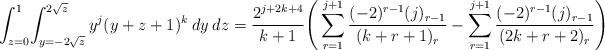
LaTeX: \begin{align*}\int_{z=0}^{1}\!\int_{y=-2\sqrt{z}}^{2\sqrt{z}} y^j(y+z+1)^k\:dy\:dz&= \frac{2^{j+2k+4}}{k+1}\Bigg(\sum_{r=1}^{j+1}\frac{(-2)^{r-1}(j)_{r-1}}{(k+r+1)_{r}}-\sum_{r=1}^{j+1} \frac{(-2)^{r-1}(j)_{r-1}}{(2k+r+2)_{r}}\Bigg)\\\end{align*}